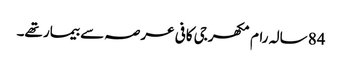
84 سالہ رام مکھرجی کافی عرصہ سے بیمار تھے۔